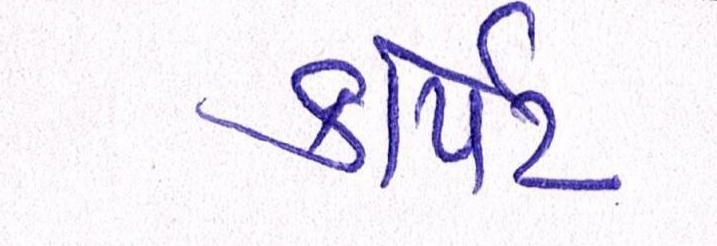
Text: કાર્પેટ